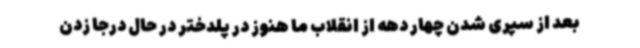
بعد از سپری شدن چهار دهه از انقلاب ما هنوز در پلدختر در حال درجا زدن